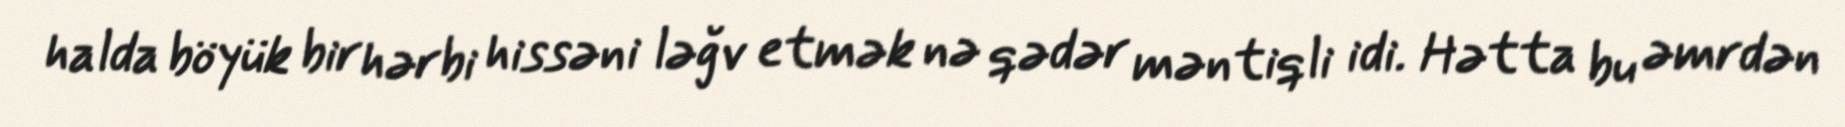
halda böyük bir hərbi hissəni ləğv etmək nə qədər məntiqli idi. Hətta bu əmrdən